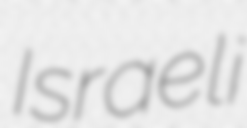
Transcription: Israeli